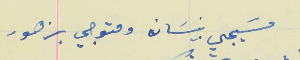
مسَيجي نيسَان ومتوجي بزهور